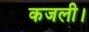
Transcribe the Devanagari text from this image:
कजली।